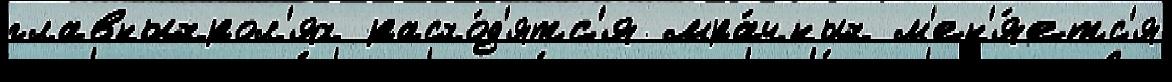
главныхрол'ях расхо́д'ятс'я мра́чных м'ен'я́етс'я